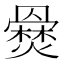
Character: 𤑇